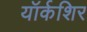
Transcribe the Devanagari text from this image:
यॉर्कशिर